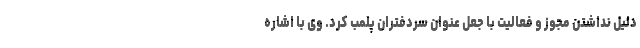
دلیل نداشتن مجوز و فعالیت با جعل عنوان سردفتران پلمب کرد. وی با اشاره